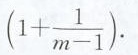
( 1 + \ f r a c { 1 } { m - 1 } ) $ $.